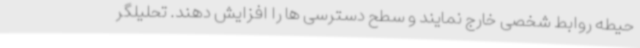
حیطه روابط شخصی خارج نمایند و سطح دسترسی ها را افزایش دهند. تحلیلگر